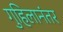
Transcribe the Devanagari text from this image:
गुहिलानंतर